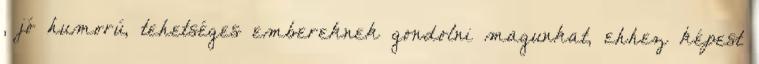
, jó humorú, tehetséges embereknek gondolni magunkat, ehhez képest